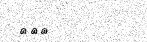
٢٦٧